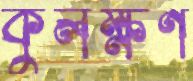
কুলক্ষণ